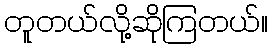
တူတယ်လို့ဆိုကြတယ်။